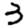
Digit: 3